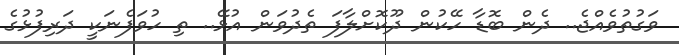
ވަގުތުވެއްޖެ.. ދެން ބޮޑާ ހޭކުން ދޫކޮށްލާފަ ތެދުވަން އުޅޭ.. ތި ހުވަފެނަކީ ދަރިފުޅުގެ